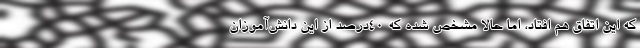
که این اتفاق هم افتاد، اما حالا مشخص شده که 40درصد از این دانش‌آموزان